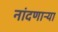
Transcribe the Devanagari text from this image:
नांदणाऱ्या